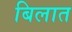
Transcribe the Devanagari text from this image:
बिलात